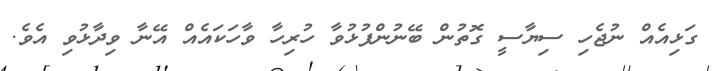
ގަޅިއެއް ނުޖެހި ސިޔާސީ ގޮތުން ބޭނުންފުޅުވާ ހުރިހާ ވާހަކައެއް އޭނާ ވިދާޅުވި އެވެ.